Report on the Civil Veterinary Department, Eastern Bengal and Assam - 1907-1911
Year: 1907
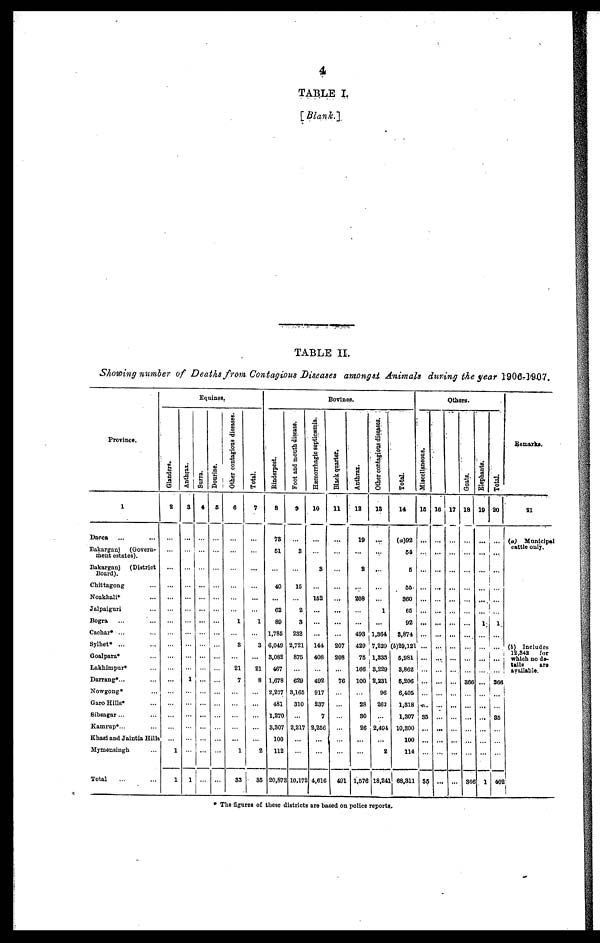
4
TAB.LE I,
[Blank.],
TABLE II.
Showing number of Deaths from Contagious Diseases amongst Animals during the year 1906-1907.
Province.
1
Dacca ... ...
Bakargnnj
(Govern-
ment estates).
Bakarganj
(District
Board).
Chittagong ...
Noakhali ...
Jalpaiguri ...
Bogra ... ...
Cachar* ... ...
Sylhet* ... ...
Goalpara*... ...
Lakhiznpur* ...
Darrang*...
Nowgong ...
Garo Hills ...
Sibgagar ... ...
Kamrup*... ...
Khasi and Jaintia Hill
Mymensingh ...
Total ... ...
Glanders.
2
...
...
...
...
...
...
...
...
...
...
...
...
...
...
...
...
...
1
1
Anthrax.
3
...
...
...
...
...
...
...
...
...
...
...
1
...
...
...
...
...
...
1
Equines,
Surra.
4
...
...
...
...
...
...
...
...
...
...
...
...
...
...
...
...
...
...
...
Dourine.
5
...
...
...
...
...
...
...
...
...
...
...
...
...
...
...
...
...
...
...
Other contagious diseases.
6
...
...
...
...
...
...
1
...
3
...
21
7
...
...
...
...
...
1
33
Total.
7
...
...
...
...
...
...
1
...
3
...
21
8
...
...
...
...
...
2
35
Rinderpest.
8
73
51
...
40
...
62
89
1,785
6,049
3,082
467
1.678
2,227
481
1,270
3,307
100
112
20,87
Foot and month disease.
9
...
3
...
15
...
2
3
232
2.721
875
...
629
3,165
310
...
2.217
...
...
3 10,17
Bovines.
Hæmorrhagic septicæmia.
10
...
...
3
...
152
...
...
...
144
408
...
492
917
237
7
2,256
...
...
2 4,616
Black quarter.
11
...
...
...
...
...
...
...
...
207
208
...
76
...
...
...
...
...
...
491
Anthrax.
12
19
...
8
...
208
...
...
493
429
75
166
100
...
28
30
26
...
...
1,576
Other contagious diseases.
13
...
...
...
...
...
1
...
1,364
7,229
1,333
3,229
2.231
96
262
...
2,494
...
2
18,241
Total.
14
(a)92
64
5
55
360
65
92
3,874
(b)29,121
5,981
3,862
5,206
6,405
1,318
1,307
10,300
100
114
68,811
Miscellaneous.
15
...
...
...
...
...
...
...
...
...
...
...
...
...
...
35
...
...
...
35
16
...
...
...
...
...
...
...
...
...
...
...
...
...
...
...
...
...
...
...
Others.
17
...
...
...
...
...
...
...
...
...
...
...
...
...
...
...
...
...
...
...
Goats.
18
...
...
...
...
...
...
...
...
...
...
...
366
...
...
...
...
...
...
36
Elephants.
19
...
...
...
...
...
...
1
...
...
...
...
...
...
...
...
...
...
...
...
Total.
20
...
...
...
...
...
...
1
...
...
...
...
366
...
...
35
...
...
...
402
Remarks.
21
(a) Municipal
cattle only.
(1) Includes
12,342
for
which so do-
tails
are
available.
* The figures of these districts are based on police reports.